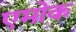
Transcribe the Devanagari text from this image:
एमोक